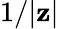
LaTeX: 1/|\mathbf{z}|